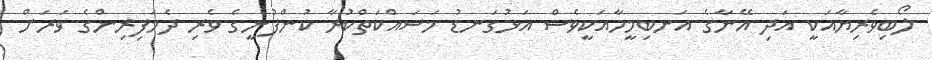
ލޯބިވެރިޔާއަކީ އަދި އޭނާގެ އަނބިމީހާއަކީވެސް އަޅުގަނޑު މަސައްކަތްކުރާ ކުންފުނީގެ ވެރި ދެމަފިރިންގެ ވަރަށް